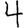
Digit: 4